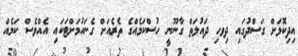
އިދިކޮޅަށް ގަސްދުގައި ދިވހި ދައުލަތް ގާނޫނީ ހުސްކަމެއްގެ ތެރެއަށް ގެނައުމަށްޓަކައި އެއްވެސް ކަމެއް